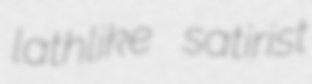
lathlike satirist